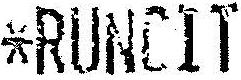
*RUNCIT